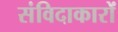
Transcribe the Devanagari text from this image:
संविदाकारों